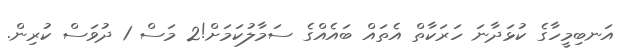
އަނބިމީހާގެ ކުޅަދާނަ ހަރަކާތް އެތައް ބައެއްގެ ސަމާލުކަމަށް!2 މަސް 1 ދުވަސް ކުރިން.